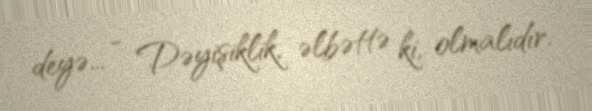
deyə... - Dəyişiklik, əlbəttə ki, olmalıdır.